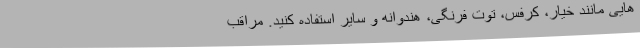
هایی مانند خیار، کرفس، توت فرنگی، هندوانه و سایر استفاده کنید. مراقب